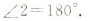
$$ ∠2 = 180° $$。